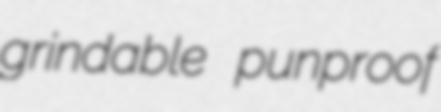
grindable punproof